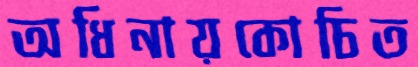
অধিনায়কোচিত